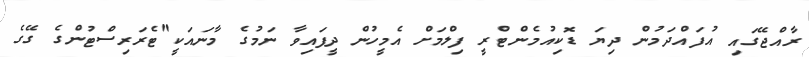
ރާއްޖޭގައި އުފައްދަމުން ދިޔަ ޑޮކިއުމެންޓްރީ ފިލްމަށް އެމީހުން ދީފައިވާ ނަމުގެ މާނައަކީ"ޓެރަރިސްޓުންގެ ގޭގެ